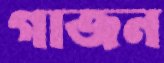
গাজন